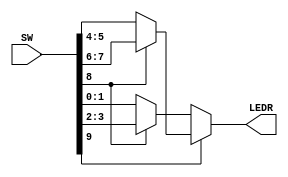
module mux_4_to_1_2bit (SW, LEDR);
	input [9:0]SW;
	output [1:0]LEDR;
	assign LEDR[1:0] = SW[9]? (SW[8]? SW[7:6] : SW[5:4]) : (SW[8] ? SW[3:2] : SW[1:0]);
endmodule